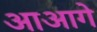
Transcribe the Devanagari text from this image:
आआगे